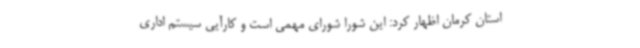
استان کرمان اظهار کرد: این شورا شورای مهمی است و کارآیی سیستم اداری